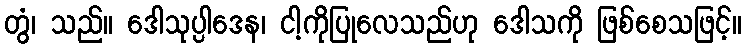
တွံ၊ သည်။ ဒေါသုပ္ပါဒေန၊ ငါ့ကိုပြုလေသည်ဟု ဒေါသကို ဖြစ်စေသဖြင့်။